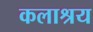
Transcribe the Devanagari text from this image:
कलाश्रय